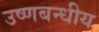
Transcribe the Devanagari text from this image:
उष्णबन्धीय